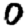
Digit: 0